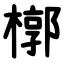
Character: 槨